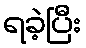
ရခဲ့ပြီး